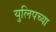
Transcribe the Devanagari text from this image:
युलिपच्या